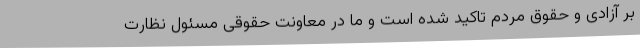
بر آزادی و حقوق مردم تاکید شده است و ما در معاونت حقوقی مسئول نظارت